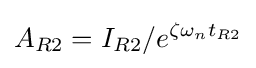
A_{R2}=I_{R2}/e^{\zeta \omega _{n}t_{R2}}